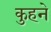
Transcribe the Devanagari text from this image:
कुहने